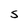
Character: S